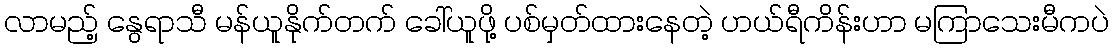
လာမည့် နွေရာသီ မန်ယူနိုက်တက် ခေါ်ယူဖို့ ပစ်မှတ်ထားနေတဲ့ ဟယ်ရီကိန်းဟာ မကြာသေးမီကပဲ